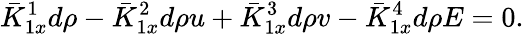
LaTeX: \bar{K}_{1x}^{1}d\rho-\bar{K}_{1x}^{2}d\rho u+\bar{K}_{1x}^{3}d\rho v-\bar{K}_{1x}^{4}d\rho E=0.